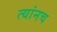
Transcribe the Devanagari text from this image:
त्यांनच